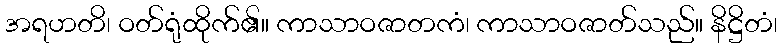
အရဟတိ၊ ဝတ်ရုံထိုက်၏။ ကာသာဝဇာတကံ၊ ကာသာဝဇာတ်သည်။ နိဋ္ဌိတံ၊